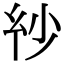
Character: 𢆽